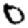
Digit: 0